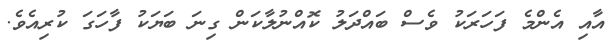
އާއި އެންމެ ފަހަރަކު ވެސް ބައްދަލު ކޮއްނުލާކަން ގިނަ ބަޔަކު ފާހަގަ ކުރިއެވެ.